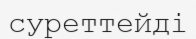
суреттейді